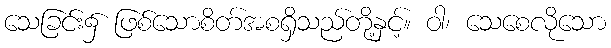
သေခြင်း၌ ဖြစ်သောစိတ်အစရှိသည်တို့နှင့်။ ဝါ၊ သေစေလိုသော